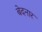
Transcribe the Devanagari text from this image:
बेदनार